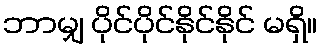
ဘာမျှ ပိုင်ပိုင်နိုင်နိုင် မရှိ။